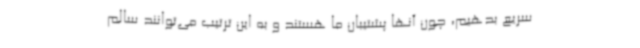
سریع بدهیم، چون آنها پشتیبان ما هستند و به‌ این‌ ترتیب می‌توانند سالم